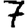
Digit: 7